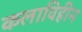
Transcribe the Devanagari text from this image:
कलाविहीन